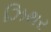
ઝિથર